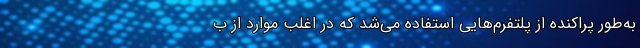
به‌طور پراکنده از پلتفرم‌هایی استفاده می‌شد که در اغلب موارد از ب